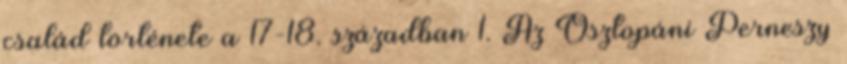
család története a 17-18. században 1. Az Osztopáni Perneszy